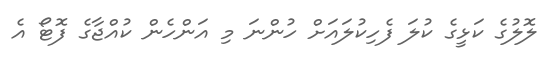
ލޮލުގެ ކަޅީގެ ކުލަ ފެހިކުލައަށް ހުންނަ މި އަންހެން ކުއްޖާގެ ފޮޓޯ އެ